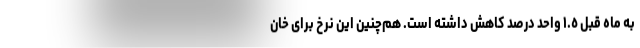
به ماه قبل ١.٥ واحد درصد کاهش داشته است. هم‌چنین این نرخ برای خان